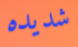
شديده